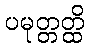
ပမုတ္တတ္ထိ